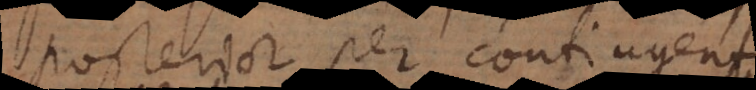
posterior per contingentia.